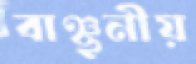
বাঞ্ছনীয়